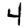
Digit: 4